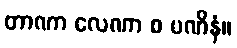
တာဏာ လေဏာ စ ပဏိနံ။